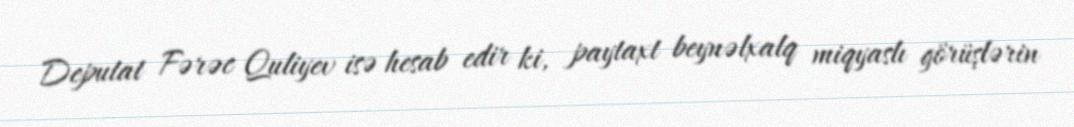
Deputat Fərəc Quliyev isə hesab edir ki, paytaxt beynəlxalq miqyaslı görüşlərin